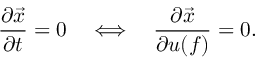
\frac { \partial \vec { x } } { \partial t } = 0 \quad \Longleftrightarrow \quad \frac { \partial \vec { x } } { \partial u ( f ) } = 0 .